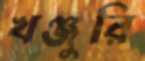
খঞ্জুরি